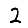
Digit: 2